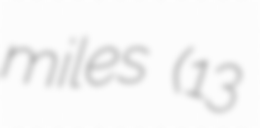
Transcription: miles (13